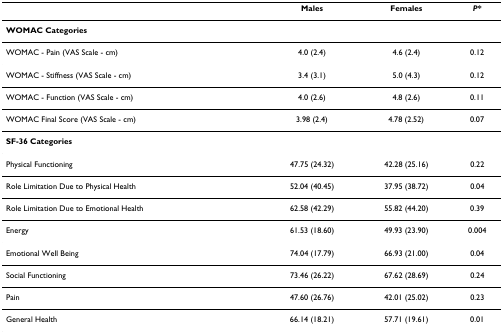
|  | Males | Females | P* |
 | --- | --- | --- | --- |
 | WOMAC Categories |  |  |  |
 | WOMAC - Pain (VAS Scale - cm) | 4.0 (2.4) | 4.6 (2.4) | 0.12 |
 | WOMAC - Stiffness (VAS Scale - cm) | 3.4 (3.1) | 5.0 (4.3) | 0.12 |
 | WOMAC - Function (VAS Scale - cm) | 4.0 (2.6) | 4.8 (2.6) | 0.11 |
 | WOMAC Final Score (VAS Scale - cm) | 3.98 (2.4) | 4.78 (2.52) | 0.07 |
 | SF-36 Categories |  |  |  |
 | Physical Functioning | 47.75 (24.32) | 42.28 (25.16) | 0.22 |
 | Role Limitation Due to Physical Health | 52.04 (40.45) | 37.95 (38.72) | 0.04 |
 | Role Limitation Due to Emotional Health | 62.58 (42.29) | 55.82 (44.20) | 0.39 |
 | Energy | 61.53 (18.60) | 49.93 (23.90) | 0.004 |
 | Emotional Well Being | 74.04 (17.79) | 66.93 (21.00) | 0.04 |
 | Social Functioning | 73.46 (26.22) | 67.62 (28.69) | 0.24 |
 | Pain | 47.60 (26.76) | 42.01 (25.02) | 0.23 |
 | General Health | 66.14 (18.21) | 57.71 (19.61) | 0.01 |